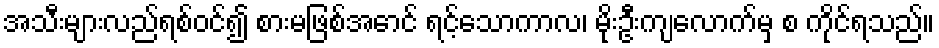
အသီးများလည်ရစ်ဝင်၍ စားမဖြစ်အောင် ရင့်သောကာလ၊ မိုးဦးကျလောက်မှ စ ကိုင်ရသည်။